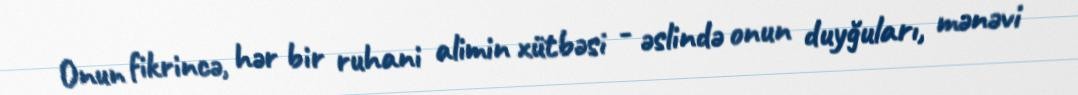
Onun fikrincə, hər bir ruhani alimin xütbəsi - əslində onun duyğuları, mənəvi